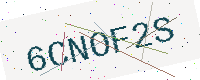
Text: 6CNOF2S